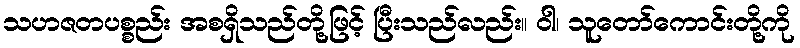
သဟဇတပစ္စည်း အစရှိသည်တို့ဖြင့် ပြီးသည်လည်း။ ဝါ၊ သူတော်ကောင်းတို့ကို